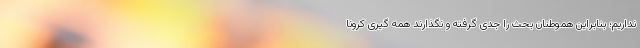
نداریم؛ بنابراین هموطنان بحث را جدی گرفته و نگذارند همه گیری کرونا